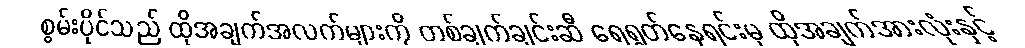
စွမ်းပိုင်သည် ထိုအချက်အလက်များကို တစ်ချက်ချင်းဆီ ရေရွတ်နေရင်းမှ ထိုအချက်အားလုံးနှင့်